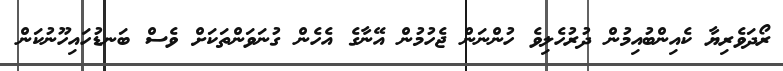
ރޯދަވެރިޔާ ކެއިންބުއިމުން ދުރުހެލިވެ ހުންނަން ޖެހުމުން އޭނާގެ އެހެން ގުނަވަންތަކަށް ވެސް ބަނޑުހައިހޫނުކަން